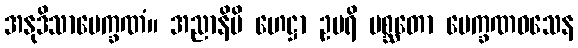
အနုဒိသာပေက္ခဏံ။ အညာနိပိ ဟေဋ္ဌာ ဥပရိ ပစ္ဆတော ပေက္ခဏဝသေန